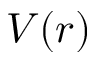
V ( r )